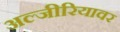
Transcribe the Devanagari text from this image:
अल्जीरियावर